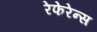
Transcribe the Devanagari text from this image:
रेफेरेन्स